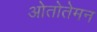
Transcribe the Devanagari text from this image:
ओतोतेमन